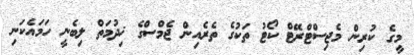
މީގެ ކުރިން މެޖިސްޓްރޭޓް ކޯޓު ތަކުގެ ތެރެއިން ޖެމްސްގެ ޚިދުމަތް ލިބެނީ ހަމައެކަނި